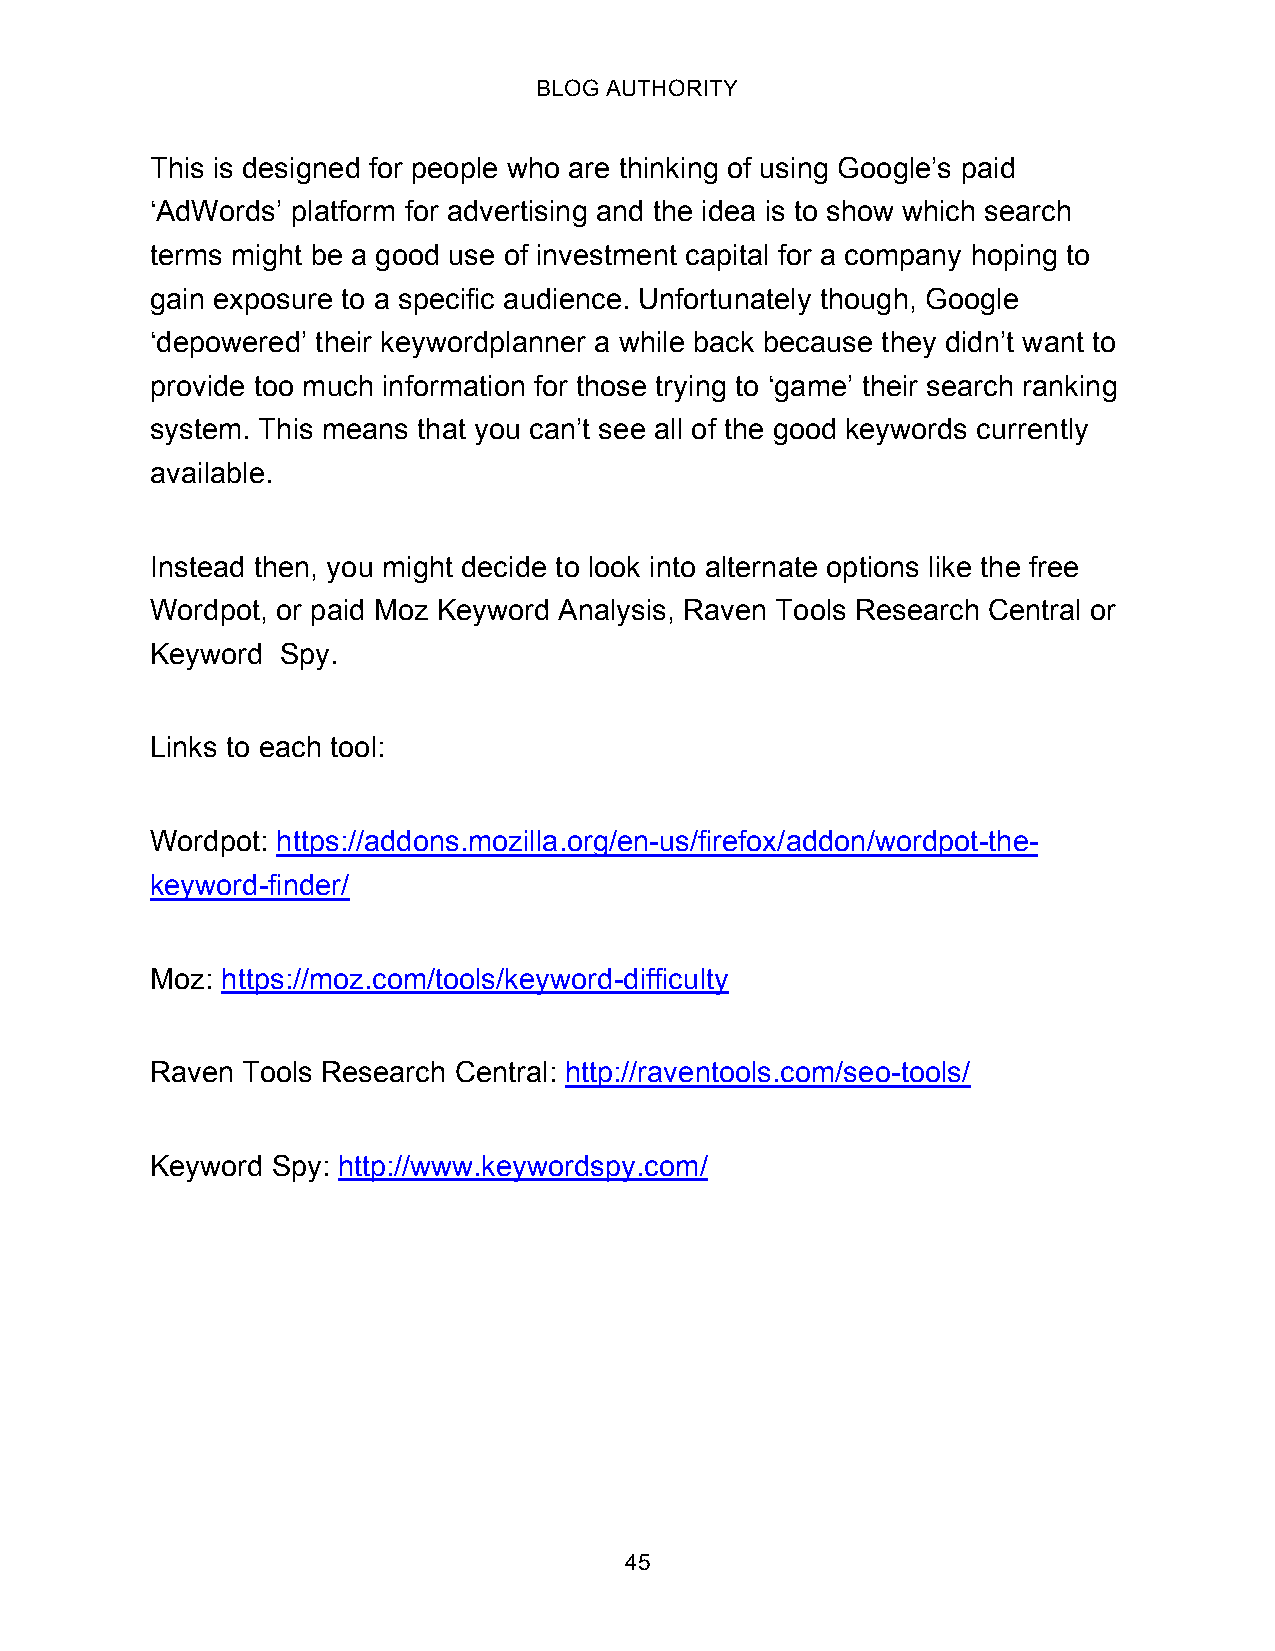
BLOG AUTHORITY
 This is designed for people who are thinking of using Google’s paid
 ‘AdWords’ platform for advertising and the idea is to show which search
 terms might be a good use of investment capital for a company hoping to
 gain exposure to a specific audience. Unfortunately though, Google
 ‘depowered’ their keywordplanner a while back because they didn’t want to
 provide too much information for those trying to ‘game’ their search ranking
 system. This means that you can’t see all of the good keywords currently
 available.
 Instead then, you might decide to look into alternate options like the free
 Wordpot, or paid Moz Keyword Analysis, Raven Tools Research Central or
 Keyword  Spy.
 Links to each tool:
 Wordpot: https://addons.mozilla.org/en-us/firefox/addon/wordpot-the-
 keyword-finder/
 Moz: https://moz.com/tools/keyword-difficulty
 Raven Tools Research Central: http://raventools.com/seo-tools/
 Keyword Spy: http://www.keywordspy.com/
 45